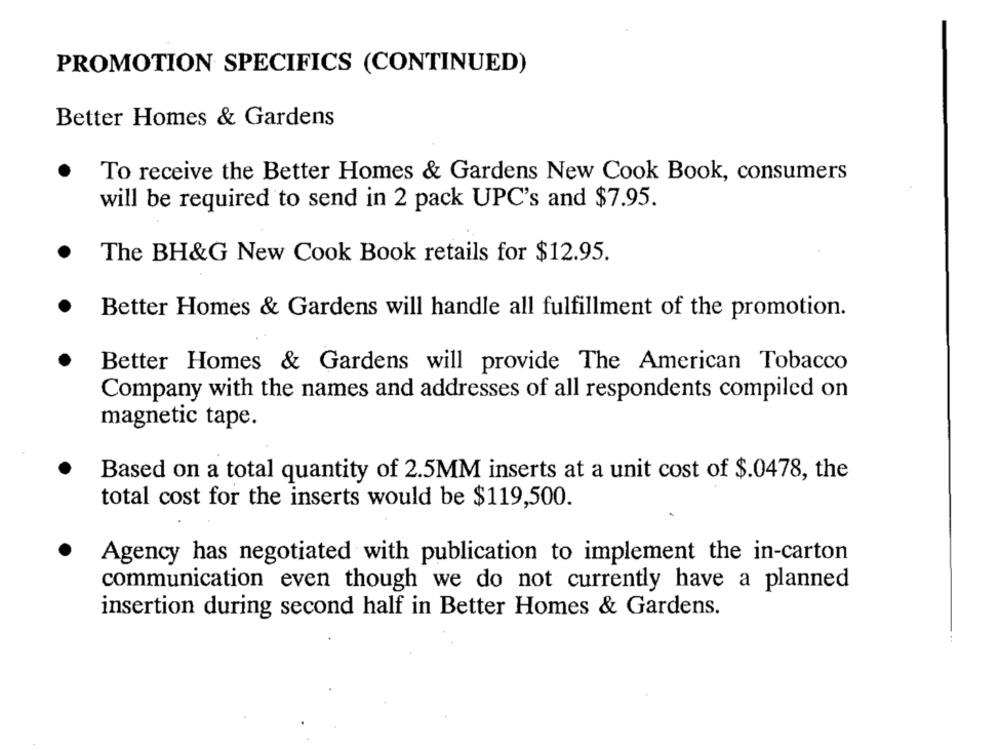
PROMOTION SPECIFICS (CONTINUED)
Better Homes & Gardens
To receive the Better Homes & Gardens New Cook Book, consumers
will be required to send in 2 pack UPC's and $7.95.
.
The BH&G New Cook Book retails for $12.95.
·
Better Homes & Gardens will handle all fulfillment of the promotion.
Better Homes & Gardens will provide The American Tobacco
Company with the names and addresses of all respondents compiled on
magnetic tape.
Based on a total quantity of 2.5MM inserts at a unit cost of $.0478, the
total cost for the inserts would be $119,500.
Agency has negotiated with publication to implement the in-carton
communication even though we do not currently have a planned
insertion during second half in Better Homes & Gardens.